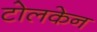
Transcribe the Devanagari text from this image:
टोलकेन